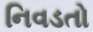
નિવડતો